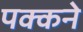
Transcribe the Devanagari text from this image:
पक्कने